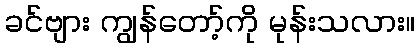
ခင်ဗျား ကျွန်တော့်ကို မုန်းသလား။